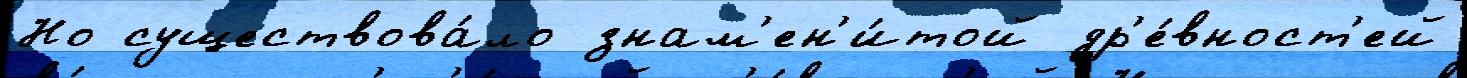
Но существова́ло знам'ен'и́той др'е́вност'ей